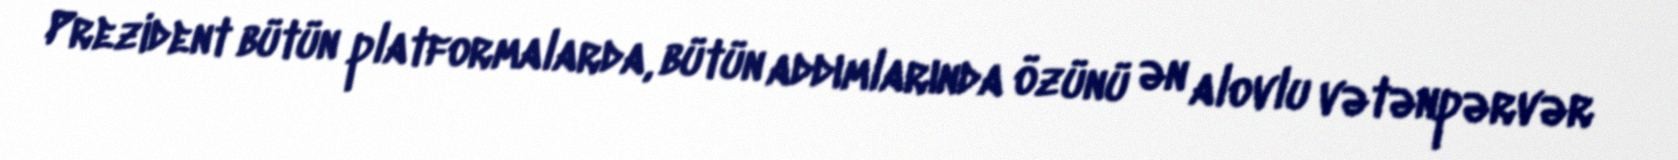
Prezident bütün platformalarda, bütün addımlarında özünü ən alovlu vətənpərvər